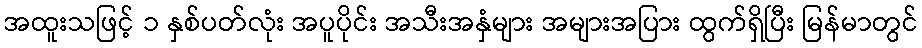
အထူးသဖြင့် ၁ နှစ်ပတ်လုံး အပူပိုင်း အသီးအနှံများ အများအပြား ထွက်ရှိပြီး မြန်မာတွင်